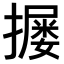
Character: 𪮴